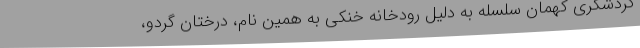
گردشگری کهمان سلسله به دلیل رودخانه خنکی به همین نام، درختان گردو،